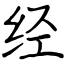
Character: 经